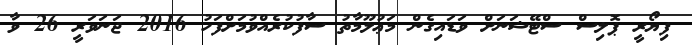
ފިޔޯރީ ޕޮލިސް ސްޓޭޝަނަށް ވަޑައިގެން މަޢުލޫމާތު ސާފުކުރެއްވުމަށްފަހު 2016 ޖަނަވަރީ 26 ވާ